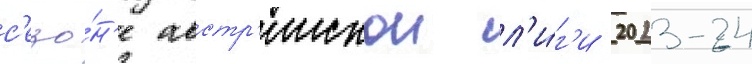
с'езо́н'е австр'иискои л'и́г'и 2023-24